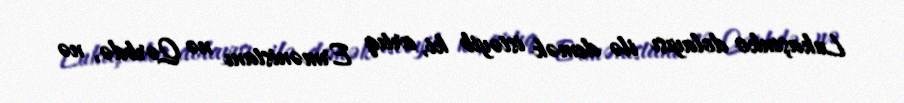
Lukaşenko dolayısı ilə demək istəyib ki, artıq Ermənistanı nə Qərbdə, nə